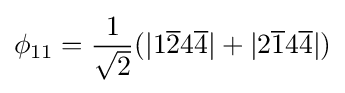
\phi _{11}={\frac {1}{\sqrt {2}}}(|1{\overline {2}}4{\overline {4}}|+|2{\overline {1}}4{\overline {4}}|)